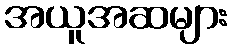
အယူအဆများ